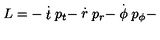
L = - \stackrel { . } { t } p _ { t } - \stackrel { . } { r } p _ { r } - \stackrel { . } { \phi } p _ { \phi } -